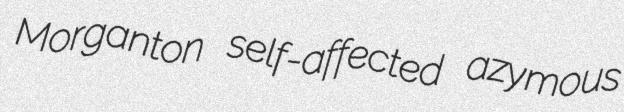
Morganton self-affected azymous